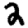
Digit: 2